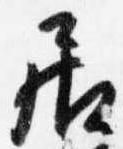
居